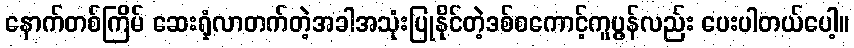
နောက်တစ်ကြိမ် ဆေးရုံလာတက်တဲ့အခါအသုံးပြုနိုင်တဲ့ဒစ်စကောင့်ကူပွန်လည်း ပေးပါတယ်ပေါ့။